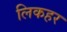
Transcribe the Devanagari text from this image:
लिकहर